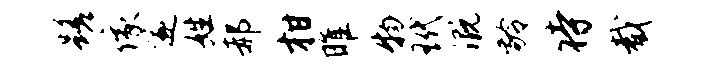
蹉像遂姓郝柑雎物玳溉龄待截